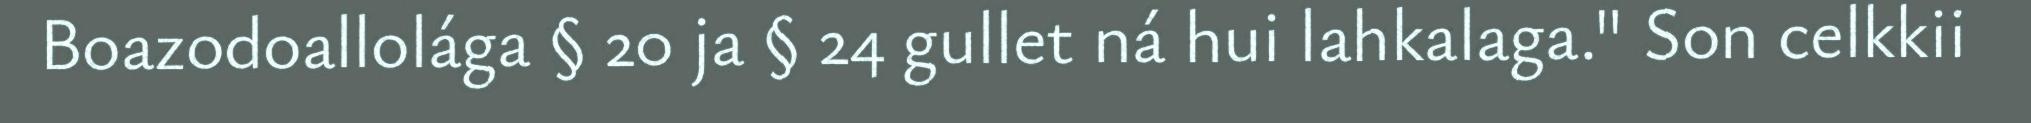
Boazodoallolága § 20 ja § 24 gullet ná hui lahkalaga." Son celkkii